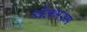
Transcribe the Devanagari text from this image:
श्वेतभस्म